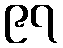
၉၇